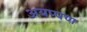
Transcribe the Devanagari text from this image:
अयप्पण